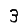
Digit: 3